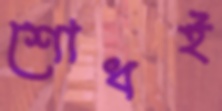
শোধই